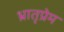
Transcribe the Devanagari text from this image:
भ्रातृप्रेम